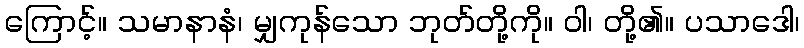
ကြောင့်။ သမာနာနံ၊ မျှကုန်သော ဘုတ်တို့ကို။ ဝါ၊ တို့၏။ ပသာဒေါ၊